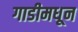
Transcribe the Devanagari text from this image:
गाडीमधून